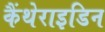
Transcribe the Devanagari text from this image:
कैंथेराइडिन